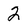
Character: 2